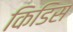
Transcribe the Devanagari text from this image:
किडिस